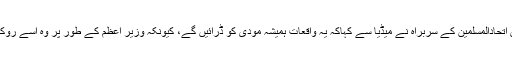
آل انڈیا مجلس اتحادالمسلمین کے سربراہ نے میڈیا سے کہاکہ یہ واقعات ہمیشہ مودی کو ڈرائیں گے، کیونکہ وزیر اعظم کے طور پر وہ اسے روک نہیں سکے۔